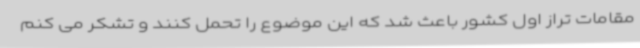
مقامات تراز اول کشور باعث شد که این موضوع را تحمل کنند و تشکر می کنم